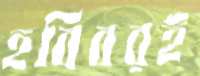
হবিবরই